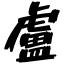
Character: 盧